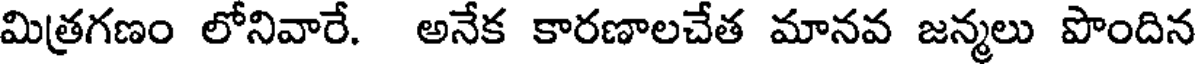
మిత్రగణం లోనివారే. అనేక కారణాలచేత మానవ జన్మలు పొందిన